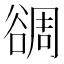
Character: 𧮻